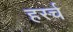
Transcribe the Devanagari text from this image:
हर्स्च